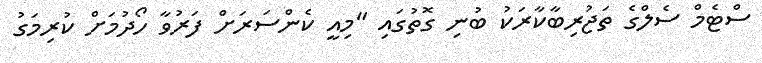
ސްޓެމް ސެލްގެ ތަޖުރިބާކާރަކު ބުނި ގޮތުގައި "މިއީ ކެންސަރަށް ފަރުވާ ހޯދުމަށް ކުރިމަގު